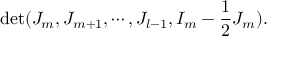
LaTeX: \operatorname * { d e t } ( J _ { m } , J _ { m + 1 } , \cdots , J _ { l - 1 } , I _ { m } - \frac { 1 } { 2 } J _ { m } ) .